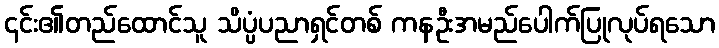
၎င်း၏တည်ထောင်သူ သိပ္ပံပညာရှင်တစ် ကနဦးအမည်ပေါက်ပြုလုပ်ရသော